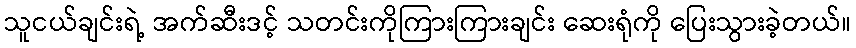
သူငယ်ချင်းရဲ့ အက်ဆီးဒင့် သတင်းကိုကြားကြားချင်း ဆေးရုံကို ပြေးသွားခဲ့တယ်။